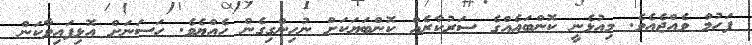
ފަހުމް ވެއްޖެއެވެ. މިއުޅެނީ ކޮންބައެއްގެ ސަރުކާރެއް ކޮންބަޔަކަށް ނުހިންގިގެން ހެއްޔެވެ. ހަސަނަށް އޮޅިފައިވާކަން